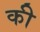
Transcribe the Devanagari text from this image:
की